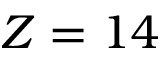
Z = 1 4